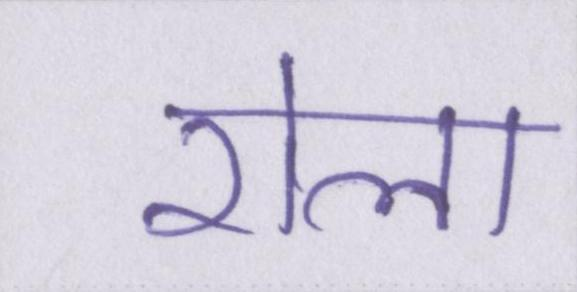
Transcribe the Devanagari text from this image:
रोला